Vaccination in Bombay 1913-1923 - 1913-1923
Year: 1913
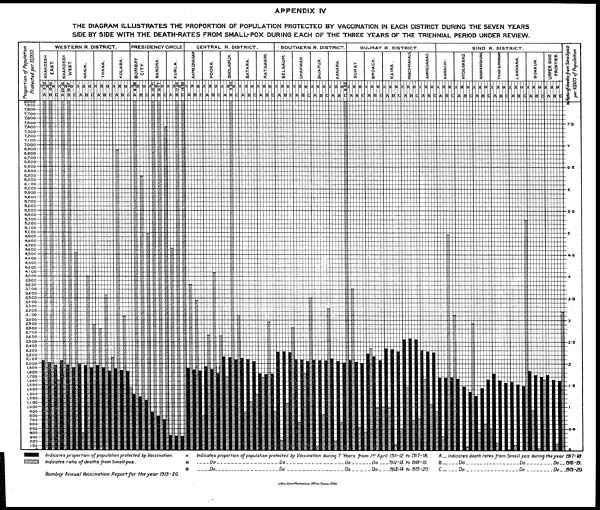
APPENDIX IV
THE DIAGRAM ILLUSTRATES THE PROPORTION OF POPULATION PROTECTED BY VACCINATION IN EACH DISTRICT DURING THE SEVEN YEARS
SIDE BY SIDE WITH THE DEATH-RATES FROM SMALL-POX DURING EACH OF THE THREE YEARS OF THE TRIENNIAL PERIOD UNDER REVIEW.